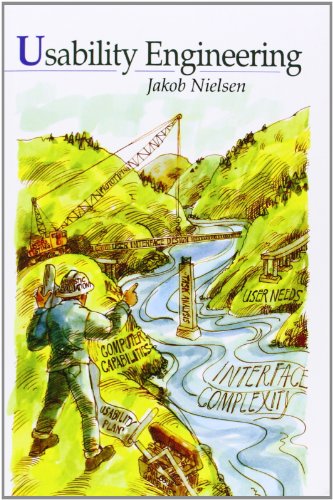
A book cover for Usability Engineering; Jakob Nielsen; Computers & Technology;